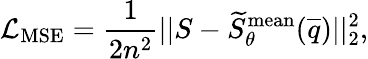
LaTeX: \mathcal{L}_{\mathrm{MSE}}=\frac{1}{2n^{2}}||S-\widetilde{S}_{\theta}^{\mathrm{mean}}(\overline{{q}})||_{2}^{2},